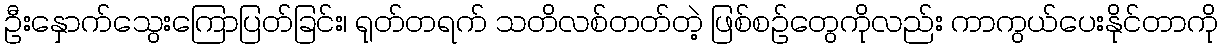
ဦးနှောက်သွေးကြောပြတ်ခြင်း၊ ရုတ်တရက် သတိလစ်တတ်တဲ့ ဖြစ်စဉ်တွေကိုလည်း ကာကွယ်ပေးနိုင်တာကို